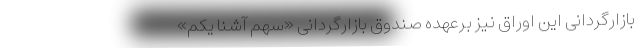
بازارگردانی این اوراق نیز برعهده صندوق بازارگردانی «سهم آشنا یکم»